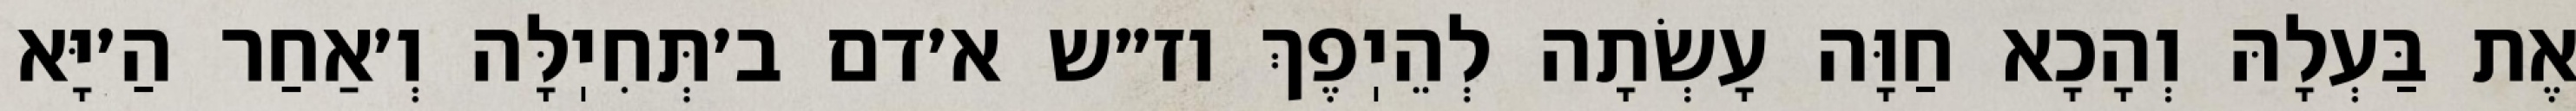
אֶת בַּעְלָהּ וְהָכָא חַוָּה עָשְׂתָה לְהֵיֽפֶךְ וז״ש א׳דם ב׳תְּחִיֽלָּה וְ׳אַחַר הַ׳יָּא